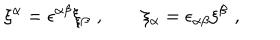
LaTeX: \xi ^ { \alpha } = \epsilon ^ { \alpha \beta } \xi _ { \beta } \, \, , \qquad \xi _ { \alpha } = \epsilon _ { \alpha \beta } \xi ^ { \beta } \, \, ,